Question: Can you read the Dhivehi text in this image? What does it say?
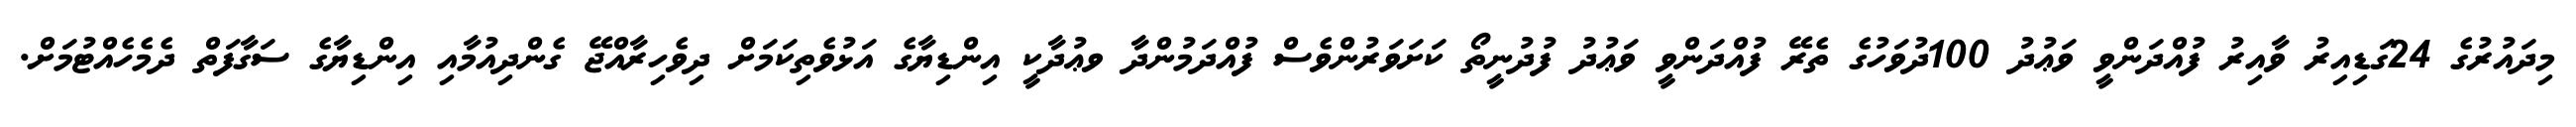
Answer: މިދައުރުގެ 24ގަޑިއިރު ވާއިރު ފުއްދަންވީ ވަޢުދު 100ދުވަހުގެ ތެރޭ ފުއްދަންވީ ވަޢުދު ފުދުނީތޯ ކަށަވަރުންވެސް ފުއްދަމުންދާ ވޢުދާކީ އިންޑިޔާގެ އަޅުވެތިކަމަށް ދިވެހިރާއްޖޭ ގެންދިއުމާއި އިންޑިޔާގެ ސަގާފަތް ދެމެހެއްޓުމަށް.